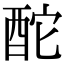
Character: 酡